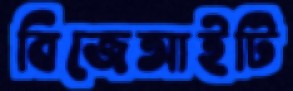
বিজেআইটি